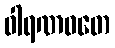
ဝါရဏဝတေ